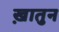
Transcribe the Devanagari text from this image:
ख़ातुन